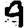
Digit: 4